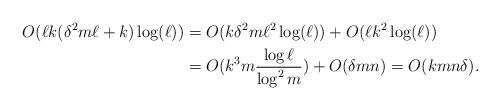
LaTeX: \begin{align*}O(\ell k(\delta^2 m\ell + k) \log (\ell) ) &=O(k\delta^2 m\ell^2 \log(\ell)) +O(\ell k^2 \log (\ell) ) \cr &= O(k^3 m \frac{\log \ell}{\log^2 m}) + O(\delta mn)= O(k mn \delta) .\end{align*}